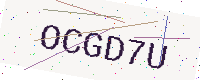
Text: OCGD7U